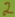
Text: 2